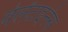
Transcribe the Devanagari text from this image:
वेलेंटाइनंस